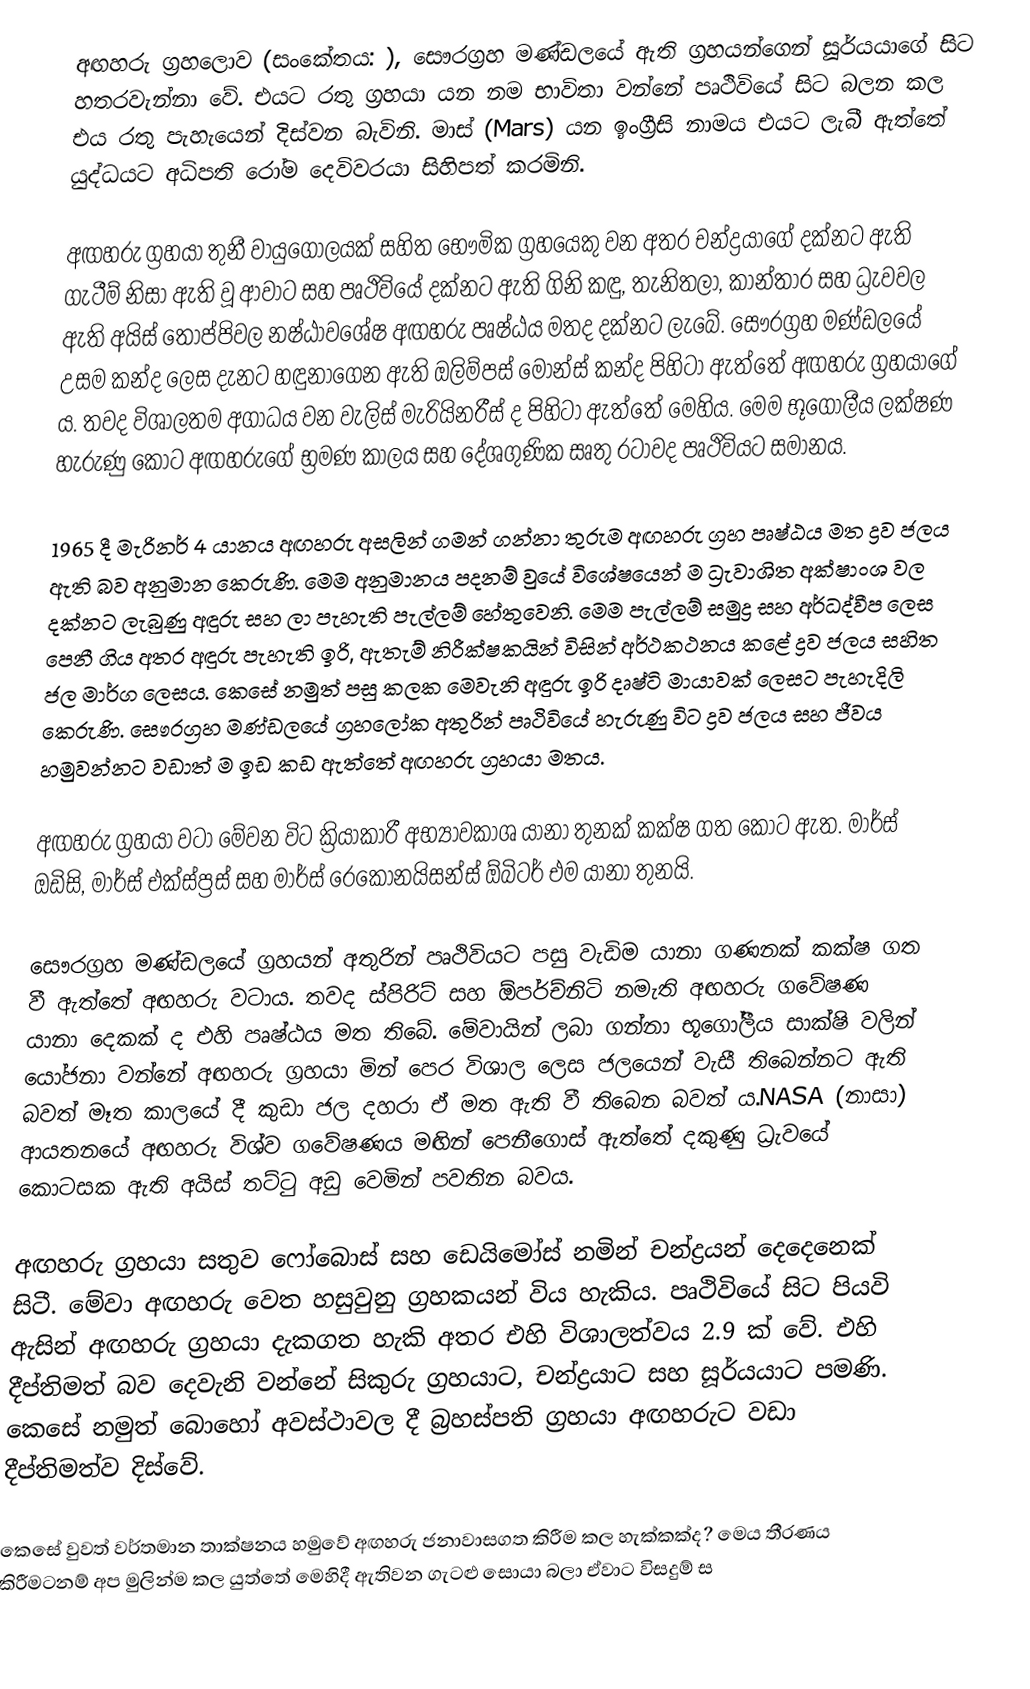
අඟහරු ග්‍රහලොව (සංකේතය: ), සෞරග්‍රහ මණ්ඩලයේ ඇති ග්‍රහයන්ගෙන් සූර්යයාගේ සිට හතරවැන්නා වේ. එයට රතු ග්‍රහයා යන නම භාවිතා වන්නේ පෘථිවියේ සිට බලන කල එය රතු පැහැයෙන් දිස්වන බැවිනි. මාස් (Mars) යන ‍ඉංග්‍රීසි නාමය එයට ලැබී ඇත්තේ යුද්ධයට අධිපති රෝම දෙවිවරයා සිහිපත් කරමිනි.

අඟහරු ග්‍රහයා තුනී වායුගෝලයක් සහිත ‍භෞමික ග්‍රහයෙකු වන අතර චන්ද්‍රයාගේ දක්නට ඇති ගැටීම් නිසා ඇති වූ ආවාට සහ පෘථිවියේ දක්නට ඇති ගිනි කඳු, තැනිතලා, කාන්තාර සහ ධ්‍රැවවල ඇති අයිස් තොප්පිවල නෂ්ඨාවශේෂ අඟහරු පෘෂ්ඨය මතද දක්නට ලැබේ. සෞරග්‍රහ මණ්ඩලයේ උසම කන්ද ලෙස දැනට හඳුනාගෙන ඇති ඔලිම්පස් මොන්ස් කන්ද පිහිටා ඇත්තේ අඟහරු ග්‍රහයාගේ ය. තවද ‍විශාලතම අගාධය වන වැලිස් මැරියිනරීස් ද පිහිටා ඇත්තේ මෙහිය. මෙම භූගෝලීය ලක්ෂණ හැරුණු කොට අඟහරුගේ භ්‍රමණ කාලය සහ දේශගුණික සෘතු රටාවද පෘථිවියට සමානය.

1965 දී මැරිනර් 4 යානය අඟහරු අසලින් ගමන් ගන්නා තුරුම අඟහරු ග්‍රහ පෘෂ්ඨය මත ද්‍රව ජලය ඇති බව අනුමාන කෙරුණි. මෙම අනුමානය පදනම් වුයේ විශේෂයෙන් ම ධ්‍රැවාශිත අක්ෂාංශ වල දක්නට ලැබුණු අඳුරු සහ ලා පැහැති පැල්ලම් හේතුවෙනි. මෙම පැල්ලම් සමුද්‍ර සහ අර්ධද්වීප ලෙස පෙනී ගිය අතර අඳුරු පැහැති ඉරි, ඇතැම් නිරීක්ෂකයින් විසින් අර්ථකථනය කළේ ද්‍රව ජලය සහිත ජල මාර්ග ලෙසය. කෙසේ නමුත් පසු කලක මෙවැනි අඳුරු ඉරි දෘෂ්ටි මායාවක් ලෙසට පැහැදිලි කෙරුණි. සෞරග්‍රහ මණ්ඩලයේ ග්‍රහලෝක අතුරින් පෘථිවියේ හැරුණු විට ද්‍රව ජලය සහ ජීවය හමුවන්නට වඩාත් ම ඉඩ කඩ ඇත්තේ අඟහරු ග්‍රහයා මතය.

අඟහරු ග්‍රහයා වටා මේවන විට ක්‍රියාකාරී අභ්‍යාවකාශ යානා තුනක් කක්ෂ ගත කොට ඇත. මාර්ස් ඔඩිසි, මාර්ස් එක්ස්ප්‍රස් සහ මාර්ස් රෙකොනයිසන්ස් ඕබිටර් ‍එම යානා තුනයි.

සෞරග්‍රහ මණ්ඩලයේ ග්‍රහයන් අතුරින් පෘථිවියට පසු වැඩිම යානා ගණනක් කක්ෂ ගත වී ඇත්තේ අඟහරු වටාය. තවද ස්පිරිට් සහ ඕපර්ච්නිටි නමැති අඟහරු ගවේෂණ ‍යානා දෙකක් ද එහි පෘෂ්ඨය මත තිබේ. මේවායින් ලබා ගන්නා භූගෝලීය සාක්ෂි වලින් යෝජනා වන්නේ අඟහරු ග්‍රහයා මින් පෙර විශාල ලෙස ජලයෙන් වැසී තිබෙන්නට ඇති බවත් මෑත කාලයේ දී කුඩා ජල දහරා ඒ මත ඇති වී තිබෙන බවත් ය.NASA (නාසා) ආයතනයේ අඟහරු විශ්ව ගවේෂණය මඟින් පෙනීගොස් ඇත්තේ දකුණු ධ්‍රැවයේ කොටසක ඇති ‍අයිස් තට්ටු අඩු වෙමින් පවතින බවය.

අඟහරු ග්‍රහයා සතුව ෆෝබොස් සහ ඩෙයිමෝස් නමින් චන්ද්‍රයන් දෙදෙනෙක් සිටී. මේවා අඟහරු වෙත හසුවුනු ග්‍රහකයන් විය හැකිය. පෘථිවියේ සිට පියවි ඇසින් අඟහරු ග්‍රහයා දැකගත හැකි අතර එහි විශාලත්වය 2.9 ක් වේ. එහි දීප්තිමත් බව දෙවැනි වන්නේ සිකුරු ග්‍රහයාට, චන්ද්‍රයාට සහ සූර්යයාට පමණි. කෙසේ නමුත් බොහෝ අවස්ථාවල දී බ්‍රහස්පති ග්‍රහයා අඟහරුට වඩා දීප්තිමත්ව දිස්වේ.

කෙසේ වුවත් වර්තමාන තාක්ෂනය හමුවේ අඟහරු ජනාවාසගත කිරීම කල හැක්කක්ද? මෙය තීරණය කිරීමටනම් අප මුලින්ම කල යුත්තේ මෙහිදී ඇතිවන ගැටළු සොයා බලා ඒවාට විසදුම් ස